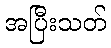
အပြီးသတ်